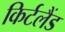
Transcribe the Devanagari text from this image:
किर्टलैंड